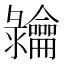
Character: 𬺠